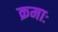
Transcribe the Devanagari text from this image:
क्रमाः